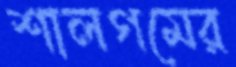
শালগমের